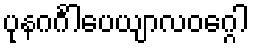
ပုနဂင်္ဂါပေယျာလဝဂ္ဂေါ